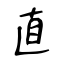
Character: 直